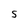
Character: S